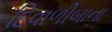
દિવાળીબાના